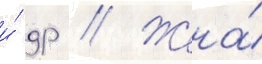
и́ др // Жена́